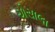
ચોસાલા